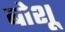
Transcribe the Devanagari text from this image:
बोशू